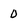
Character: 0